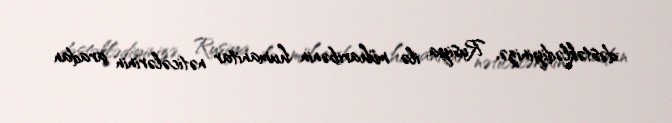
dəstəklədiyinizə, Rusiya ilə müharibənin humanitar nəticələrinin aradan